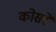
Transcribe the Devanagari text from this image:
कोसरे